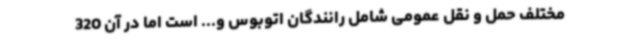
مختلف حمل و نقل عمومی شامل رانندگان اتوبوس و... است اما در آن 320